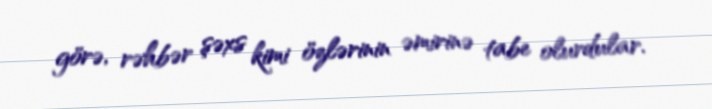
görə, rəhbər şəxs kimi özlərinin əmirinə tabe olurdular.